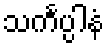
သင်္ကပ္ပါနံ